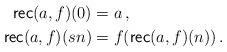
LaTeX: \begin{align*}\mathsf{rec}(a,f)(0) &= a\,,\\\mathsf{rec}(a,f)(sn) &= f(\mathsf{rec}(a,f)(n))\,.\end{align*}